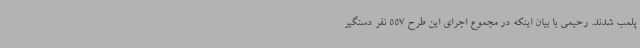
پلمب شدند. رحیمی با بیان اینکه در مجموع اجرای این طرح 557 نفر دستگیر